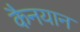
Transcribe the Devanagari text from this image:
कैनयान